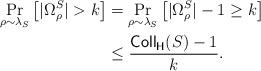
LaTeX: \begin{align*} \Pr_{\rho\sim \lambda_{S}}\big[|\Omega_\rho^S|>k\big]&=\Pr_{\rho\sim \lambda_{S}}\big[|\Omega_\rho^S|-1\geq k\big]\\ &\leq\frac{ \mathsf{Coll_H}(S) -1}{k}.\end{align*}